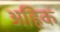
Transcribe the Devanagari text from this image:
अहिक